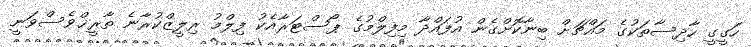
ހަގީގީ ހާދިސާތަކުގެ މައްޗަށް ބިނާކޮށްގެން އުފައްދާ މިފިލްމުގެ ޕޯސްޓަރާއެކު ފިލްމު ރިލީޒްކުރާނެ ތާރީޚްވެސްވަނީ